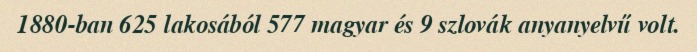
1880-ban 625 lakosából 577 magyar és 9 szlovák anyanyelvű volt.